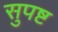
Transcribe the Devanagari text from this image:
सुपष्ट